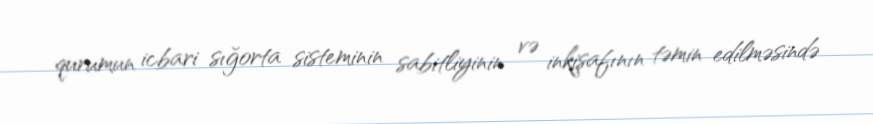
qurumun icbari sığorta sisteminin sabitliyinin və inkişafının təmin edilməsində